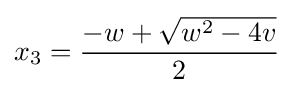
x_{3}={-w+{\sqrt {w^{2}-4v}} \over 2}